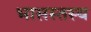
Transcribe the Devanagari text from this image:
भासस्तस्य